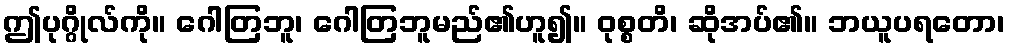
ဤပုဂ္ဂိုလ်ကို။ ဂေါတြဘူ၊ ဂေါတြဘူမည်၏ဟူ၍။ ဝုစ္စတိ၊ ဆိုအပ်၏။ ဘယူပရတော၊